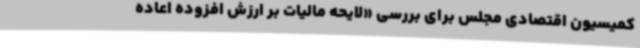
کمیسیون اقتصادی مجلس برای بررسی «لایحه مالیات بر ارزش افزوده اعاده